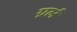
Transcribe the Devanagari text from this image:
ग्रर्ल